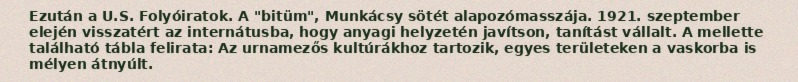
Ezután a U.S. Folyóiratok. A "bitüm", Munkácsy sötét alapozómasszája. 1921. szeptember elején visszatért az internátusba, hogy anyagi helyzetén javítson, tanítást vállalt. A mellette található tábla felirata: Az urnamezős kultúrákhoz tartozik, egyes területeken a vaskorba is mélyen átnyúlt.